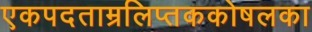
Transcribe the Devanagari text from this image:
एकपदताम्रलिप्तककोषलका